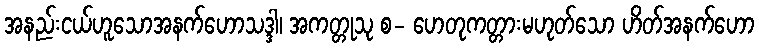
အနည်းငယ်ဟူသောအနက်ဟောသဒ္ဒါ၊ အကတ္တုသု စ- ဟေတုကတ္တားမဟုတ်သော ဟိတ်အနက်ဟော